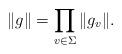
LaTeX: \begin{align*} \|g\|=\prod_{v\in\Sigma}\|g_v\|.\end{align*}